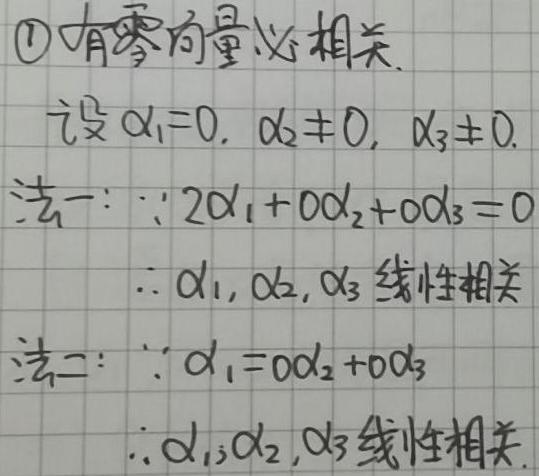
\textcircled{1}有零向量必相关.
设 $\alpha_1 = 0, \alpha_2\neq 0, \alpha_3\neq 0$.
法一：$\because 2\alpha_1 + 0\alpha_2 + 0\alpha_3 = 0$
$\therefore \alpha_1, \alpha_2, \alpha_3$ 线性相关
法二：$\because \alpha_1 = 0\alpha_2 + 0\alpha_3$
$\therefore \alpha_1, \alpha_2, \alpha_3$ 线性相关